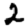
Digit: 2